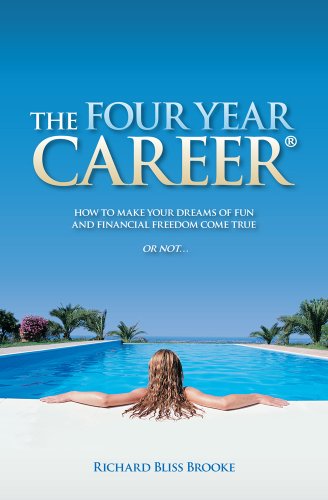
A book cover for The Four Year Career; How to Make Your Dreams of Fun and Financial Freedom Come True Or Not...; Richard B. Brooke; Business & Money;